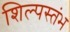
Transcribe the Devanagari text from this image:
शिल्पस्तंभ